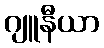
ဂျူနီယာ